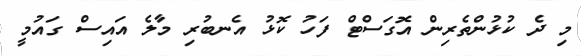
މި ދެ ކުޅުންތެރިން އޮގަސްޓް ފަހު ކޮޅު އެނބުރި މާލެ އައިސް ގައުމީ